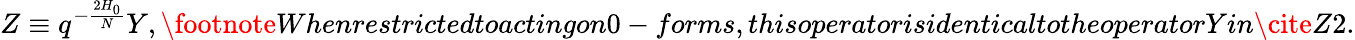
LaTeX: Z\equiv q^{-\frac{2H_{0}}{N}}Y,\footnote{Whenrestrictedtoactingon0-forms,thisoperatorisidenticaltotheoperatorYin\cite{Z2}.}